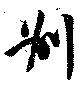
別